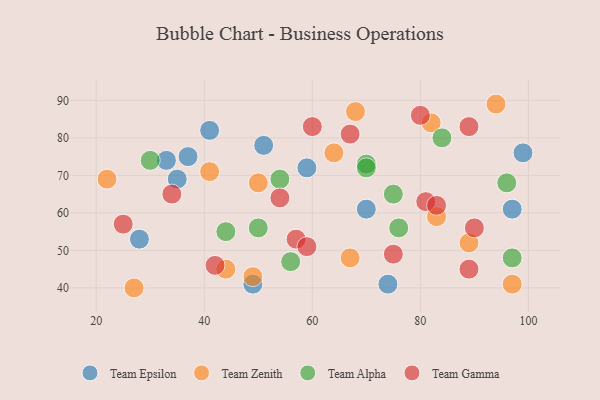
{"axis": {"x": "GDP", "y": "Life Expectancy"}, "legend": ["Team Alpha", "Team Epsilon", "Team Gamma", "Team Zenith"], "data": [{"x": "74", "y": 41, "type": "Team Epsilon"}, {"x": "59", "y": 72, "type": "Team Epsilon"}, {"x": "99", "y": 76, "type": "Team Epsilon"}, {"x": "70", "y": 61, "type": "Team Epsilon"}, {"x": "35", "y": 69, "type": "Team Epsilon"}, {"x": "41", "y": 82, "type": "Team Epsilon"}, {"x": "33", "y": 74, "type": "Team Epsilon"}, {"x": "97", "y": 61, "type": "Team Epsilon"}, {"x": "37", "y": 75, "type": "Team Epsilon"}, {"x": "28", "y": 53, "type": "Team Epsilon"}, {"x": "49", "y": 41, "type": "Team Epsilon"}, {"x": "51", "y": 78, "type": "Team Epsilon"}, {"x": "64", "y": 76, "type": "Team Zenith"}, {"x": "49", "y": 43, "type": "Team Zenith"}, {"x": "50", "y": 68, "type": "Team Zenith"}, {"x": "67", "y": 48, "type": "Team Zenith"}, {"x": "82", "y": 84, "type": "Team Zenith"}, {"x": "44", "y": 45, "type": "Team Zenith"}, {"x": "68", "y": 87, "type": "Team Zenith"}, {"x": "22", "y": 69, "type": "Team Zenith"}, {"x": "89", "y": 52, "type": "Team Zenith"}, {"x": "41", "y": 71, "type": "Team Zenith"}, {"x": "27", "y": 40, "type": "Team Zenith"}, {"x": "94", "y": 89, "type": "Team Zenith"}, {"x": "83", "y": 59, "type": "Team Zenith"}, {"x": "97", "y": 41, "type": "Team Zenith"}, {"x": "97", "y": 48, "type": "Team Alpha"}, {"x": "84", "y": 80, "type": "Team Alpha"}, {"x": "76", "y": 56, "type": "Team Alpha"}, {"x": "44", "y": 55, "type": "Team Alpha"}, {"x": "75", "y": 65, "type": "Team Alpha"}, {"x": "96", "y": 68, "type": "Team Alpha"}, {"x": "56", "y": 47, "type": "Team Alpha"}, {"x": "30", "y": 74, "type": "Team Alpha"}, {"x": "50", "y": 56, "type": "Team Alpha"}, {"x": "54", "y": 69, "type": "Team Alpha"}, {"x": "70", "y": 73, "type": "Team Alpha"}, {"x": "70", "y": 72, "type": "Team Alpha"}, {"x": "25", "y": 57, "type": "Team Gamma"}, {"x": "67", "y": 81, "type": "Team Gamma"}, {"x": "60", "y": 83, "type": "Team Gamma"}, {"x": "57", "y": 53, "type": "Team Gamma"}, {"x": "81", "y": 63, "type": "Team Gamma"}, {"x": "75", "y": 49, "type": "Team Gamma"}, {"x": "42", "y": 46, "type": "Team Gamma"}, {"x": "89", "y": 83, "type": "Team Gamma"}, {"x": "83", "y": 62, "type": "Team Gamma"}, {"x": "89", "y": 45, "type": "Team Gamma"}, {"x": "59", "y": 51, "type": "Team Gamma"}, {"x": "34", "y": 65, "type": "Team Gamma"}, {"x": "80", "y": 86, "type": "Team Gamma"}, {"x": "90", "y": 56, "type": "Team Gamma"}, {"x": "54", "y": 64, "type": "Team Gamma"}]}